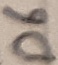
Text: D6